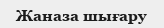
Жаназа шығару